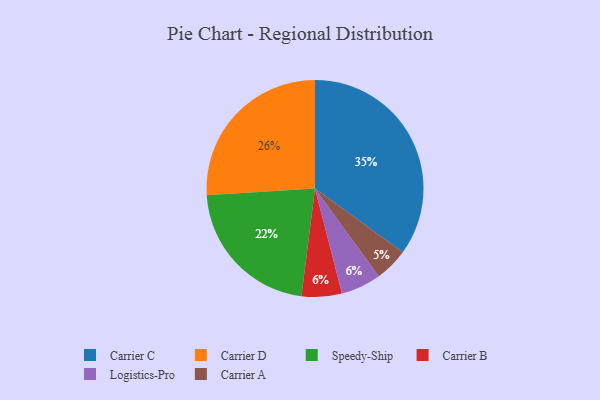
{"axis": {"x": "Category", "y": "Percentage"}, "legend": ["Carrier A", "Carrier B", "Carrier C", "Carrier D", "Logistics-Pro", "Speedy-Ship"], "data": [{"x": "Carrier C", "y": 35, "type": "Carrier C"}, {"x": "Carrier B", "y": 6, "type": "Carrier B"}, {"x": "Logistics-Pro", "y": 6, "type": "Logistics-Pro"}, {"x": "Carrier D", "y": 26, "type": "Carrier D"}, {"x": "Speedy-Ship", "y": 22, "type": "Speedy-Ship"}, {"x": "Carrier A", "y": 5, "type": "Carrier A"}]}